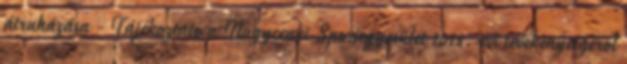
átruházása - Tájékoztató a Nagycenki Sportegyesület 2015. évi tevékenységéről